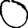
Digit: 0